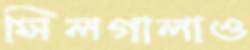
সিলগালাও